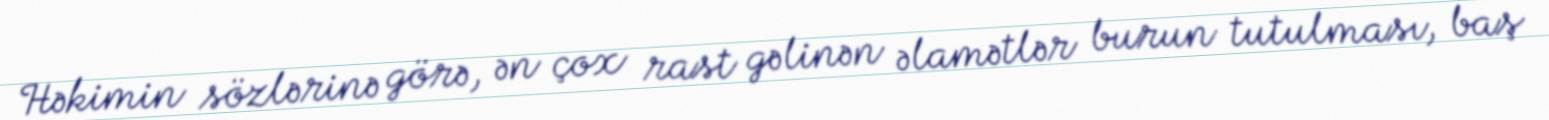
Həkimin sözlərinə görə, ən çox rast gəlinən əlamətlər burun tutulması, baş